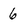
Character: 6